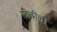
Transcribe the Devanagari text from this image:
खलीली